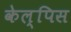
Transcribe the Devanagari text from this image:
केल्पिस